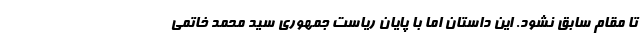
تا مقام سابق نشود. این داستان اما با پایان ریاست جمهوری سید محمد خاتمی